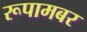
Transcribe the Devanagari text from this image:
रूपामबर